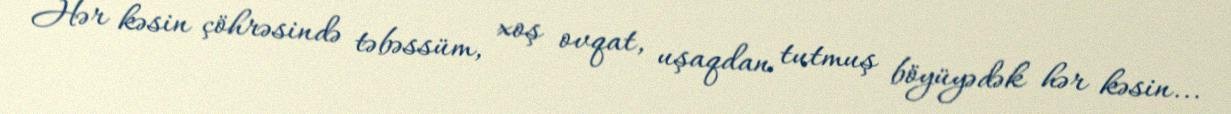
Hər kəsin çöhrəsində təbəssüm, xoş ovqat, uşaqdan tutmuş böyüyədək hər kəsin...